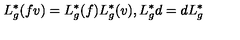
L _ { g } ^ { \ast } ( f v ) = L _ { g } ^ { \ast } ( f ) L _ { g } ^ { \ast } ( v ) , L _ { g } ^ { \ast } d = d L _ { g } ^ { \ast }